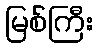
မြစ်ကြီး